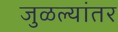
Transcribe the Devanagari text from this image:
जुळल्यांतर